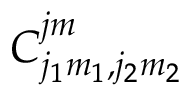
C _ { j _ { 1 } m _ { 1 } , j _ { 2 } m _ { 2 } } ^ { j m }